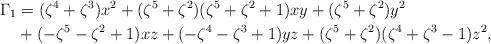
LaTeX: \begin{align*}\Gamma_1&=(\zeta^4+\zeta^3)x^2+(\zeta^5+\zeta^2)(\zeta^5+\zeta^2+1)xy+(\zeta^5+\zeta^2)y^2\\ & +(-\zeta^5-\zeta^2+1)xz+(-\zeta^4-\zeta^3+1)yz+(\zeta^5+\zeta^2)(\zeta^4+\zeta^3-1)z^2,\end{align*}